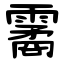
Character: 霱